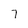
Character: 7